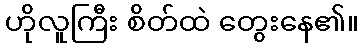
ဟိုလူကြီး စိတ်ထဲ တွေးနေ၏။